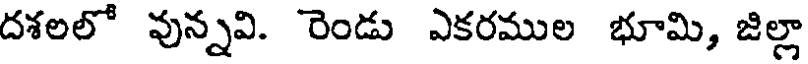
దశలలో వున్నవి. రెండు ఎకరముల భూమి, జిల్లా